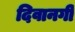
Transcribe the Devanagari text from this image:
दिवानगी